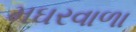
મઘરવાળા